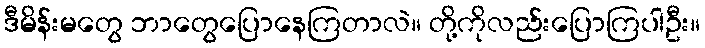
ဒီမိန်းမတွေ ဘာတွေပြောနေကြတာလဲ။ တို့ကိုလည်းပြောကြပါဦး။